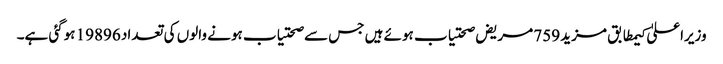
وزیراعلیٰ کیمطابق مزید 759 مریض صحتیاب ہوئے ہیں جس سے صحتیاب ہونے والوں کی تعداد 19896 ہوگئی ہے۔